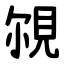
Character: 覙